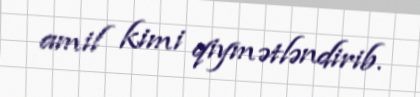
amil kimi qiymətləndirib.